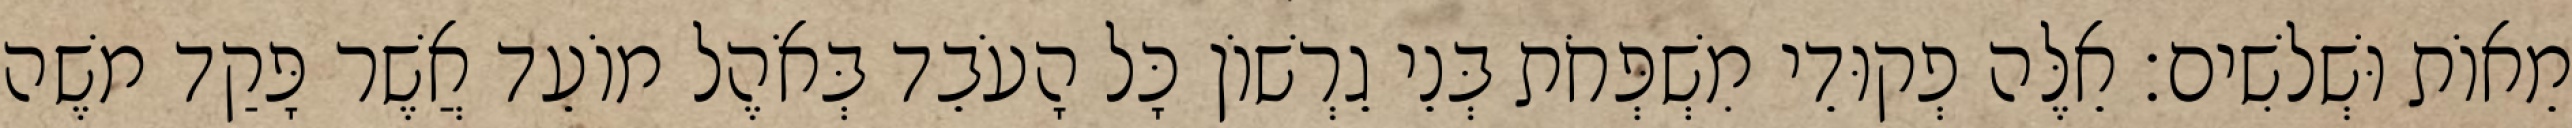
מֵאוֹת וּשְׁלשִׁים׃ אֵלֶּה פְקוּדֵי מִשְׁפְּחֹת בְּנֵי גֵרְשׁוֹן כָּל הָעֹבֵד בְּאֹהֶל מוֹעֵד אֲשֶׁר פָּקַד משֶׁה